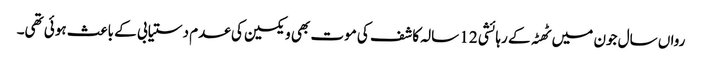
رواں سال جون میں ٹھٹہ کے رہائشی 12 سالہ کاشف کی موت بھی ویکسین کی عدم دستیابی کے باعث ہوئی تھی۔